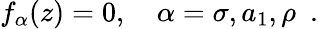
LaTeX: f_{\alpha}(z)=0,\quad\alpha=\sigma,a_{1},\rho\, \, \, .